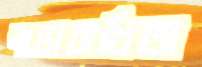
নাভারাখিজ